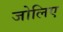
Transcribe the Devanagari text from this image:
जोलिए